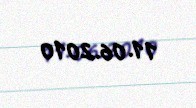
11.06.2010